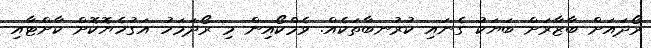
ރޯދައަށް ބާޒާރަށް ބަޔަކު ގެނައި ކުރުނބާތަކެއް. ވެމްކޯއިން މި ރޯދަމަހު އަގުހެޔޮކޮށް ކާށްޓާއި